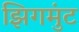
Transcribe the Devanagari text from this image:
झिगमुंट